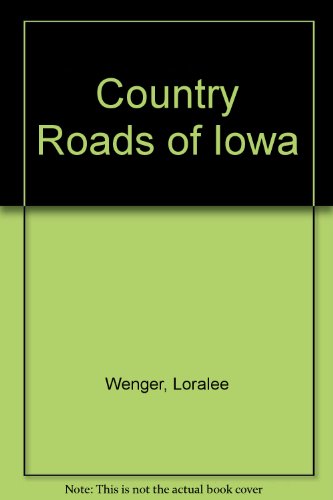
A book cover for Country Roads of Iowa; Loralee Wenger; Travel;